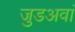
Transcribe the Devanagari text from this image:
जुडअवां